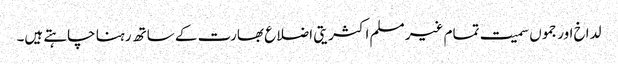
لداخ اور جموں سمیت تمام غیر مسلم اکثریتی اضلاع بھارت کے ساتھ رہنا چاہتے ہیں۔